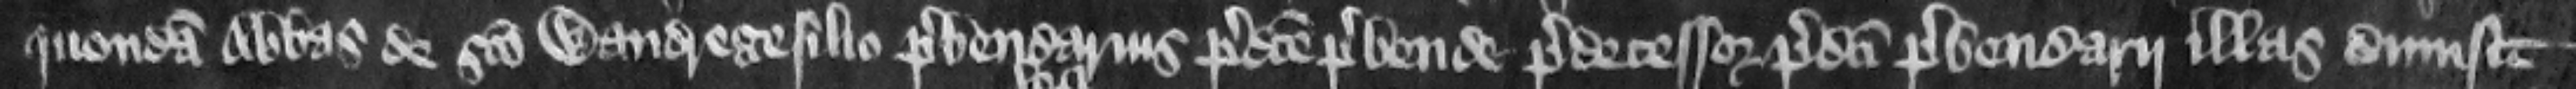
quondam abbas de Sancto Wandregesilio prebendarius predicte prebende predecessor predicti prebendarii illas dimisit